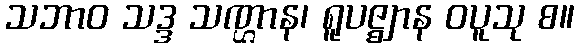
သဘာဝ သဒ္ဒ သဏ္ဌာန၊ ရူပဇ္ဈာန ဝပူသု စ။